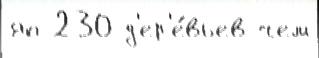
яп 230 д'ер'е́вьев чем